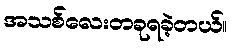
အသစ်လေးတခုရခဲ့တယ်။